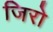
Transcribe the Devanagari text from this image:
जिरो